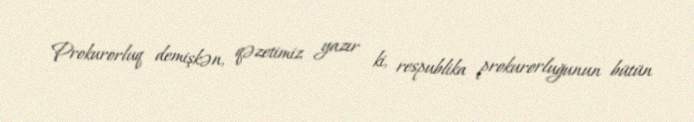
Prokurorluq demişkən, qəzetimiz yazır ki, respublika prokurorluğunun bütün